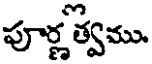
పూర్ణత్వము.